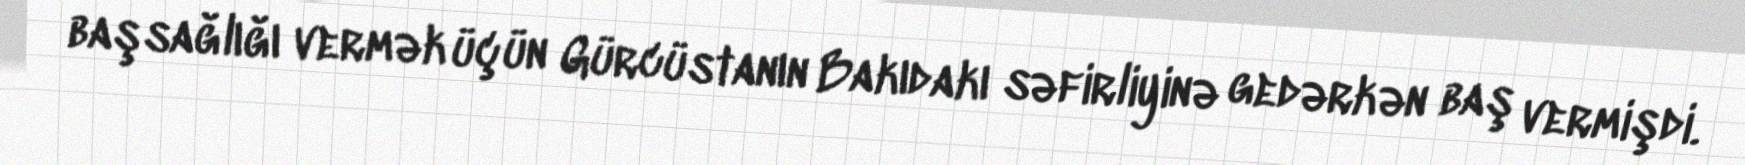
başsağlığı vermək üçün Gürcüstanın Bakıdakı səfirliyinə gedərkən baş vermişdi.